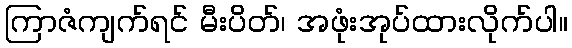
ကြာဇံကျက်ရင် မီးပိတ်၊ အဖုံးအုပ်ထားလိုက်ပါ။